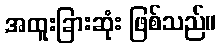
အထူးခြားဆုံး ဖြစ်သည်။